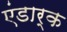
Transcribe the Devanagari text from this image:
एंडार्क